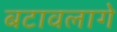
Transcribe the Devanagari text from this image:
बटावलागे